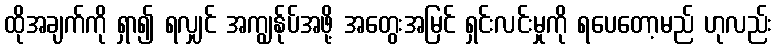
ထိုအချက်ကို ရှာ၍ ရလျှင် အကျွန်ုပ်အဖို့ အတွေးအမြင် ရှင်းလင်းမှုကို ရပေတော့မည် ဟုလည်း